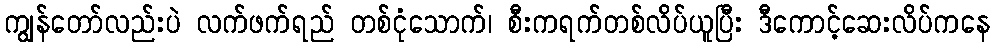
ကျွန်တော်လည်းပဲ လက်ဖက်ရည် တစ်ငုံသောက်၊ စီးကရက်တစ်လိပ်ယူပြီး ဒီကောင့်ဆေးလိပ်ကနေ